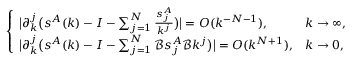
\begin{array} { r } { \left\{ \begin{array} { l l } { \big | \partial _ { k } ^ { j } \big ( s ^ { A } ( k ) - I - \sum _ { j = 1 } ^ { N } \frac { s _ { j } ^ { A } } { k ^ { j } } \big ) \big | = O ( k ^ { - N - 1 } ) , } & { k \to \infty , } \\ { \big | \partial _ { k } ^ { j } \big ( s ^ { A } ( k ) - I - \sum _ { j = 1 } ^ { N } \mathcal { B } s _ { j } ^ { A } \mathcal { B } k ^ { j } \big ) \big | = O ( k ^ { N + 1 } ) , } & { k \to 0 , } \end{array} \right. } \end{array}